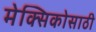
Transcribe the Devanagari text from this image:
मेक्सिकोसाठी